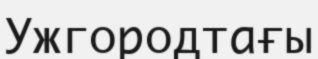
Ужгородтағы